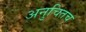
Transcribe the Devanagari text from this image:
अनुचितच